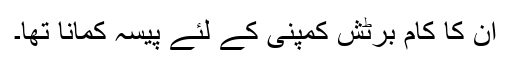
ان کا کام برٹش کمپنی کے لئے پیسہ کمانا تھا۔